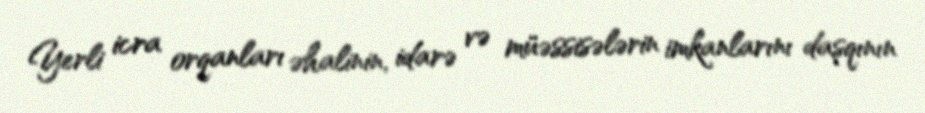
Yerli icra orqanları əhalinin, idarə və müəssisələrin imkanlarını daşqının